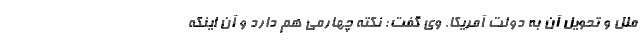
ملل و تحویل آن به دولت آمریکا. وی گفت: نکته چهارمی هم دارد و آن اینکه